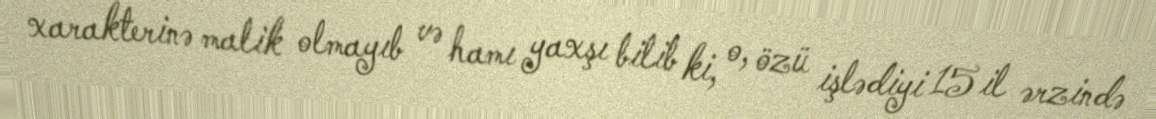
xarakterinə malik olmayıb və hamı yaxşı bilib ki, o, özü işlədiyi 15 il ərzində